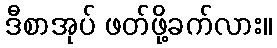
ဒီစာအုပ် ဖတ်ဖို့ခက်လား။